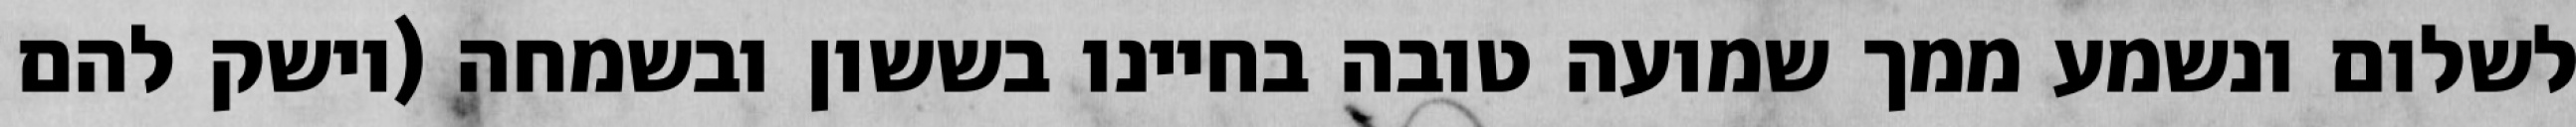
לשלום ונשמע ממך שמועה טובה בחיינו בששון ובשמחה (וישק להם